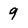
Character: 9